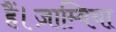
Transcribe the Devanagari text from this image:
हैं।ज़ाम्बिया